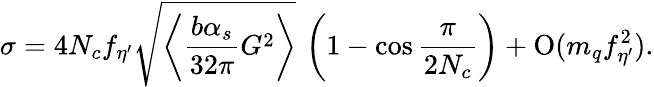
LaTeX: \sigma=4N_{c}f_{\eta^{\prime}}\sqrt{\left\langle\frac{b\alpha_{s}}{32\pi}G^{2}\right\rangle}\, \left(1-\cos\frac{\pi}{2N_{c}}\right)+\mathrm{O}(m_{q}f_{\eta^{\prime}}^{2}).